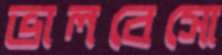
ভালবেসো